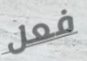
فعل